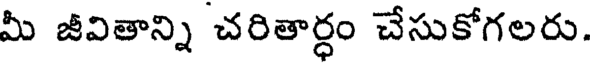
మీ జీవితాన్ని చరితార్ధం చేసుకోగలరు.